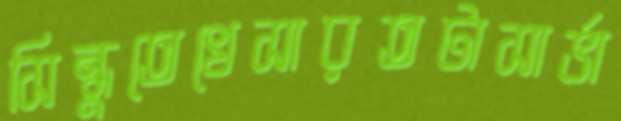
সিন্ধুতেখেসারতটাসার্ভা